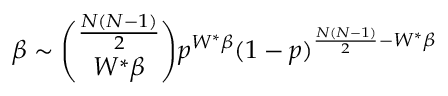
\beta \sim \binom { \frac { N ( N - 1 ) } { 2 } } { W ^ { * } \beta } p ^ { W ^ { * } \beta } ( 1 - p ) ^ { \frac { N ( N - 1 ) } { 2 } - W ^ { * } \beta }